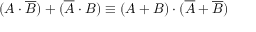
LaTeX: ( A \cdot { \overline { { B } } } ) + ( { \overline { { A } } } \cdot B ) \equiv ( A + B ) \cdot ( { \overline { { A } } } + { \overline { { B } } } )